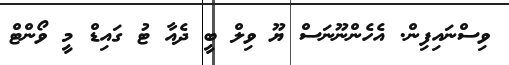
ވިސްނައިފިން. އެހެންނޫނަސް ޔޫ ވިލް ބީ ދެއާ ޓު ގައިޑް މީ ވޯންޓް